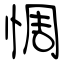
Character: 惆